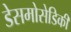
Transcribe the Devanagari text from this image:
डेसमोसेडिकी